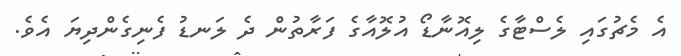
އެ މެޗުގައި ލެސްޓާގެ ލިއޮނާޑޯ އުލޮއާގެ ފަރާތުން ދެ ލަނޑު ފެނިގެންދިޔަ އެވެ.